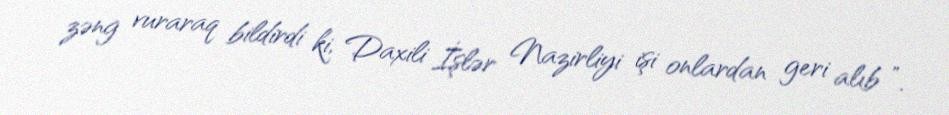
zəng vuraraq bildirdi ki, Daxili İşlər Nazirliyi işi onlardan geri alıb ”.